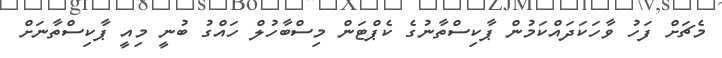
މެޗަށް ފަހު ވާހަކަދައްކަމުން ޕާކިސްތާނުގެ ކެޕްޓަން މިސްބާހުލް ހައްގު ބުނީ މިއީ ޕާކިސްތާނަށް